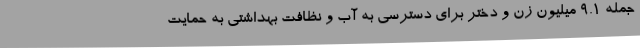
جمله 9.1 میلیون زن و دختر برای دسترسی به آب و نظافت بهداشتی به حمایت